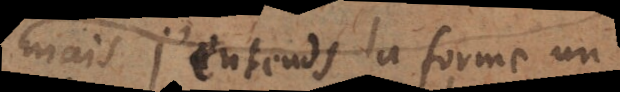
Mais j’entends la forme un